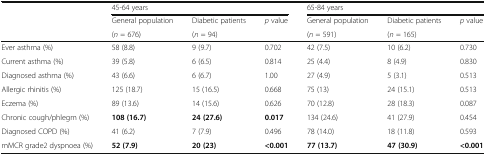
<table><thead><tr><td></td><td colspan="3"><b>45-64 years</b></td><td colspan="3"><b>65-84 years</b></td></tr><tr><td></td><td><b>General population</b></td><td><b>Diabetic patients</b></td><td><b><i>p</i> value</b></td><td><b>General population</b></td><td><b>Diabetic patients</b></td><td><b><i>p</i> value</b></td></tr><tr><td></td><td><b>(<i>n</i> = 676)</b></td><td><b>(<i>n</i> = 94)</b></td><td></td><td><b>(<i>n</i> = 591)</b></td><td><b>(<i>n</i> = 165)</b></td><td></td></tr></thead><tbody><tr><td>Ever asthma (%)</td><td>58 (8.8)</td><td>9 (9.7)</td><td>0.702</td><td>42 (7.5)</td><td>10 (6.2)</td><td>0.730</td></tr><tr><td>Current asthma (%)</td><td>39 (5.8)</td><td>6 (6.5)</td><td>0.814</td><td>25 (4.4)</td><td>8 (4.9)</td><td>0.830</td></tr><tr><td>Diagnosed asthma (%)</td><td>43 (6.6)</td><td>6 (6.7)</td><td>1.00</td><td>27 (4.9)</td><td>5 (3.1)</td><td>0.513</td></tr><tr><td>Allergic rhinitis (%)</td><td>125 (18.7)</td><td>15 (16.5)</td><td>0.668</td><td>75 (13)</td><td>24 (15.1)</td><td>0.513</td></tr><tr><td>Eczema (%)</td><td>89 (13.6)</td><td>14 (15.6)</td><td>0.626</td><td>70 (12.8)</td><td>28 (18.3)</td><td>0.087</td></tr><tr><td>Chronic cough/phlegm (%)</td><td><b>108 (16.7)</b></td><td><b>24 (27.6)</b></td><td><b>0.017</b></td><td>134 (24.6)</td><td>41 (27.9)</td><td>0.454</td></tr><tr><td>Diagnosed COPD (%)</td><td>41 (6.2)</td><td>7 (7.9)</td><td>0.496</td><td>78 (14.0)</td><td>18 (11.8)</td><td>0.593</td></tr><tr><td>mMCR grade2 dyspnoea (%)</td><td><b>52 (7.9)</b></td><td><b>20 (23)</b></td><td><b>&lt;0.001</b></td><td><b>77 (13.7)</b></td><td><b>47 (30.9)</b></td><td><b>&lt;0.001</b></td></tr></tbody></table>